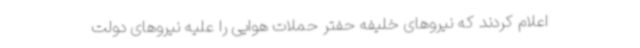
اعلام کردند که نیروهای خلیفه حفتر حملات هوایی را علیه نیروهای دولت